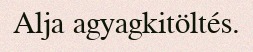
Alja agyagkitöltés.